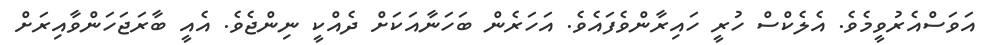
އަވަސްއެރުވީމެވެ. އެލެކްސް ހުރީ ހައިރާންވެފައެވެ. އަހަރެން ބަހަނާއަކަށް ދެއްކީ ނިންޖެވެ. އެއީ ބާރަޖަހަންވާއިރަށް